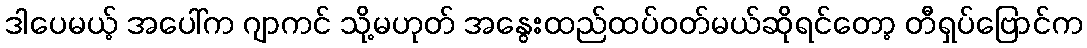
ဒါပေမယ့် အပေါ်က ဂျာကင် သို့မဟုတ် အနွေးထည်ထပ်ဝတ်မယ်ဆိုရင်တော့ တီရှပ်ဗြောင်က